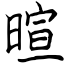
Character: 暄